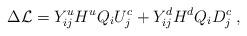
LaTeX: \begin{align*}\Delta{\cal L}= Y_{ij}^u H^u Q_{i} U_{j}^c + Y_{ij}^d H^d Q_{i} D_{j}^c \;,\end{align*}